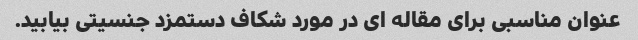
عنوان مناسبی برای مقاله ای در مورد شکاف دستمزد جنسیتی بیابید.